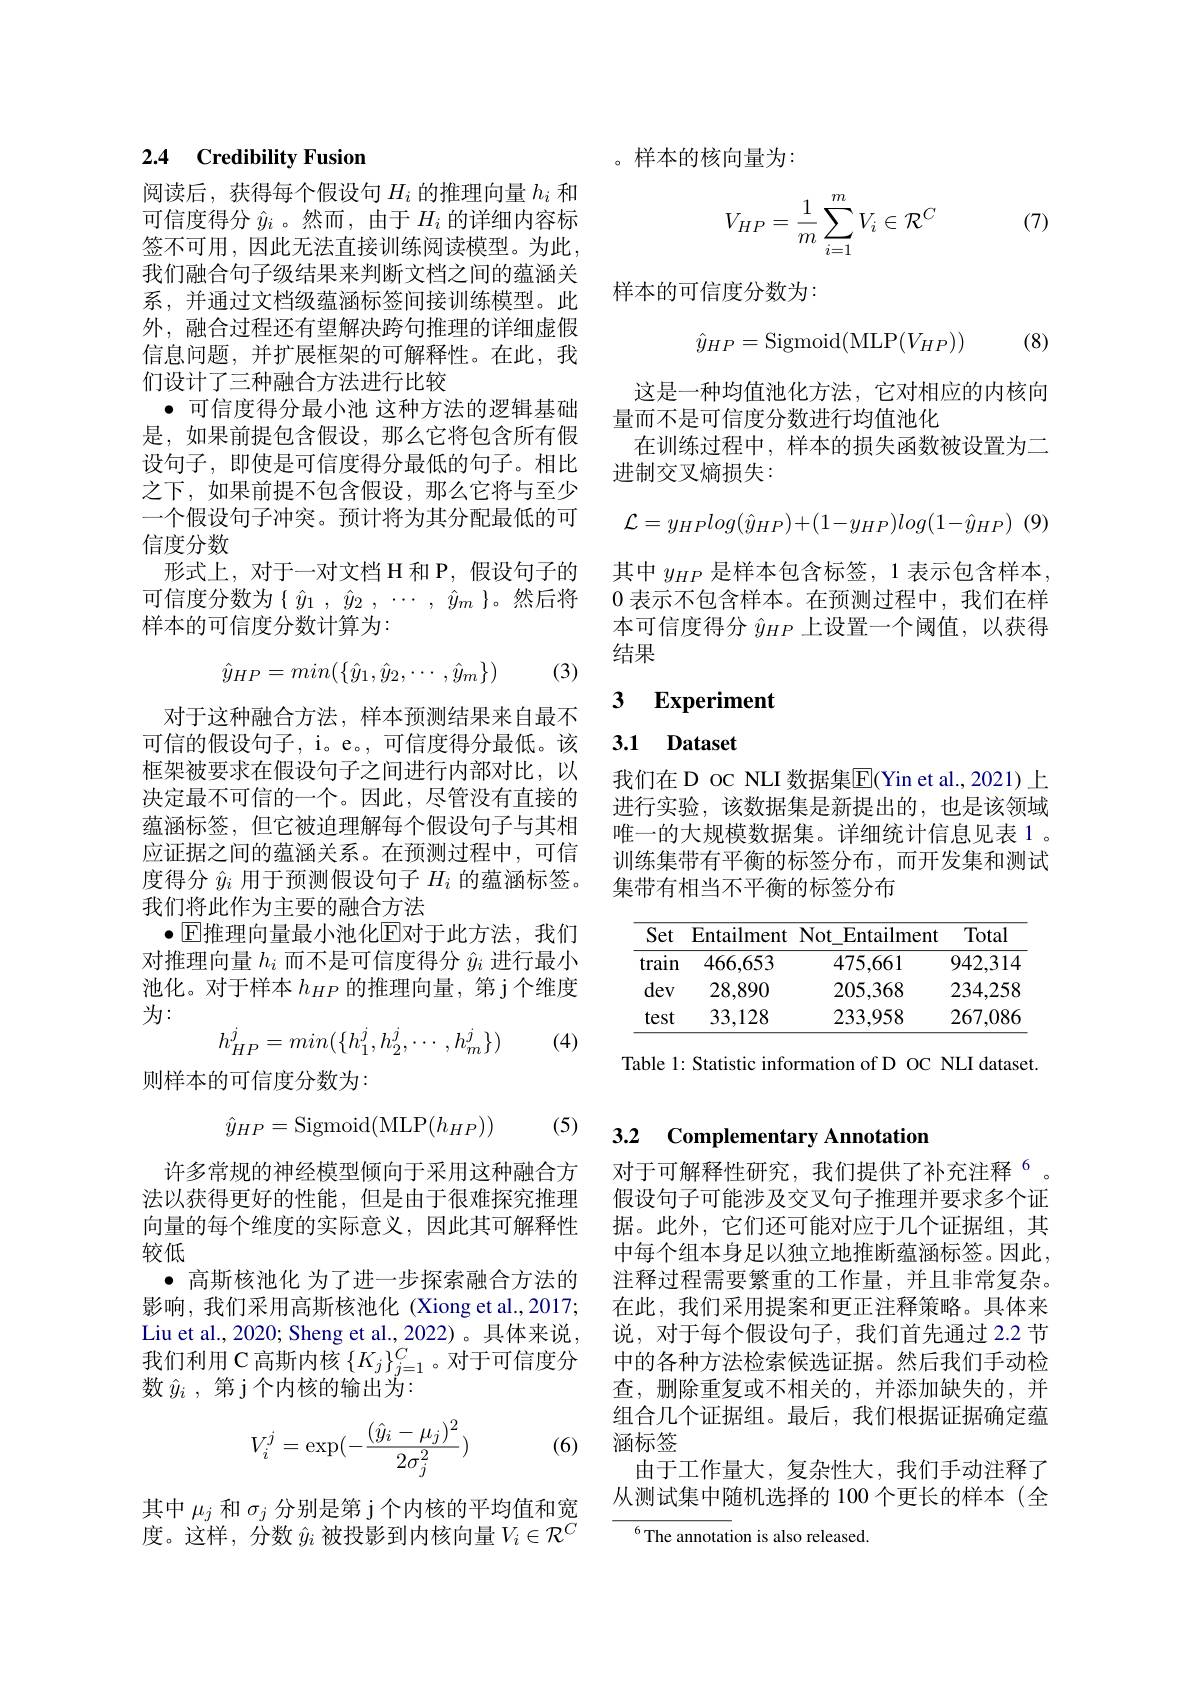
## 2.4 Credibility Fusion

阅读后，获得每个假设句$H_i$的推理向量$h_i$和可信度得分$\hat{y}_i$ 。然而 ,由于$H_i$的详细内容标签不可用，因此无法直接训练阅读模型。为此， 我们融合句子级结果来判断文档之间的蕴涵关系，并通过文档级蕴涵标签间接训练模型。此外，融合过程还有望解决跨句推理的详细虚假信息问题，并扩展框架的可解释性。在此，我们设计了三种融合方法进行比较
· 可信度得分最小池 这种方法的逻辑基础是，如果前提包含假设，那么它将包含所有假设句子，即使是可信度得分最低的句子。相比之下，如果前提不包含假设，那么它将与至少一个假设句子冲突。预计将为其分配最低的可信度分数
形式上，对于一对文档 H 和 P, 假设句子的可信度分数为$\{\hat{y}_1~,~\hat{y}_2~,~\cdots~,~\hat{y}_m~\}$。然后将样本的可信度分数计算为：
$$\hat{y}_{HP}=min(\{\hat{y}_1,\hat{y}_2,\cdots,\hat{y}_m\})$$
(3)

对于这种融合方法，样本预测结果来自最不可信的假设句子，i。e。,可信度得分最低。该框架被要求在假设句子之间进行内部对比，以决定最不可信的一个。因此，尽管没有直接的蕴涵标签，但它被迫理解每个假设句子与其相应证据之间的蕴涵关系。在预测过程中，可信度得分$\hat{y}_i$用于预测假设句子$H_i$的蕴涵标签。我们将此作为主要的融合方法
$\bullet$ E推理向量最小池化$\overline{\mathrm{E}}$对于此方法，我们对推理向量$h_i$而不是可信度得分$\hat{y}_i$进行最小池化。对于样本$h_{HP}$的推理向量，第 j个维度为：
(4)
$$h_{HP}^j=min(\{h_1^j,h_2^j,\cdots,h_m^j\})$$
则样本的可信度分数为：

(5)
$$\hat{y}_{HP}=\mathrm{Sigmoid}(\mathrm{MLP}(h_{HP}))$$
许多常规的神经模型倾向于采用这种融合方法以获得更好的性能，但是由于很难探究推理向量的每个维度的实际意义，因此其可解释性较低
· 高斯核池化 为了进一步探索融合方法的影响，我们采用高斯核池化 (Xiong et al.,2017; Liu et al., 2020; Sheng et al., 2022) 。具体来说， 我们利用 C 高斯内核$\{K_j\}_{j=1}^C$。对于可信度分数$\hat{y} _i$ ,第 j 个内核的输出为：

(6)
$$V_i^j=\exp(-\frac{(\hat{y}_i-\mu_j)^2}{2\sigma_j^2})$$
其中$\mu_j$和$\sigma_j$分别是第 j 个内核的平均值和宽度。这样，分数$\hat{y}_i$被投影到内核向量$V_i\in\mathcal{R}^C$

。样本的核向量为：

(7)
$$V_{HP}=\dfrac{1}{m}\sum_{i=1}^{m}V_{i}\in\mathcal{R}^{C}$$
样本的可信度分数为：

(8)
$$\hat{y}_{HP}=\mathrm{Sigmoid}(\mathrm{MLP}(V_{HP}))$$
这是一种均值池化方法，它对相应的内核向
量而不是可信度分数进行均值池化
在训练过程中，样本的损失函数被设置为二
进制交叉熵损失：
$$\mathcal{L}=y_{HP}log(\hat{y}_{HP})+(1-y_{HP})log(1-\hat{y}_{HP})\:(9$$
其中 $y_{HP}$ 是样本包含标签，1 表示包含样本， 0表示不包含样本。在预测过程中，我们在样本可信度得分$\hat{y}_{HP}$上设置一个阈值，以获得结果

### 3 $\textbf{Experiment}$

## 3.1 Dataset

我们在 D oc NLI 数据集$\overline{\mathrm{E}}$(Yin et al.,2021)上进行实验，该数据集是新提出的，也是该领域唯一的大规模数据集。详细统计信息见表 1 。训练集带有平衡的标签分布，而开发集和测试集带有相当不平衡的标签分布

<table>
	<tbody>
		<tr>
			<th>Set</th>
			<th>Entailment $\textbf{N}$</th>
			<th>$\mathrm{Not}_{-}$ Entailment</th>
			<th>Total</th>
		</tr>
		<tr>
			<td>train</td>
			<td>466,653</td>
			<td>475,661</td>
			<td>942,314</td>
		</tr>
		<tr>
			<td>dev</td>
			<td>28,890</td>
			<td>205,368</td>
			<td>234,258</td>
		</tr>
		<tr>
			<td>test</td>
			<td>33,128</td>
			<td>233,958</td>
			<td>267,086</td>
		</tr>
	</tbody>
</table>

Table 1: Statistic information of D OC NLI dataset.

## 3.2 Complementary Annotation

对于可解释性研究，我们提供了补充注释$^{6}$。假设句子可能涉及交叉句子推理并要求多个证据。此外，它们还可能对应于几个证据组，其中每个组本身足以独立地推断蕴涵标签。因此， 注释过程需要繁重的工作量，并且非常复杂。在此，我们采用提案和更正注释策略。具体来说，对于每个假设句子，我们首先通过 2.2 节中的各种方法检索候选证据。然后我们手动检查，删除重复或不相关的，并添加缺失的，并组合几个证据组。最后，我们根据证据确定蕴涵标签
由于工作量大，复杂性大，我们手动注释了从测试集中随机选择的 100 个更长的样本 (全

$^{6}$The annotation is also released